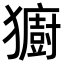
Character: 𪻋